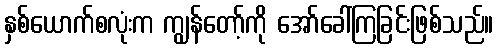
နှစ်ယောက်စလုံးက ကျွန်တော့်ကို အော်ခေါ်ကြခြင်းဖြစ်သည်။